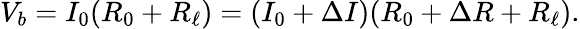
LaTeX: V_{b}=I_{0}(R_{0}+R_{\ell})=(I_{0}+\Delta I)(R_{0}+\Delta R+R_{\ell}).